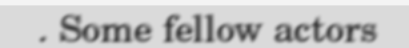
. Some fellow actors